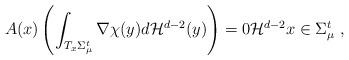
LaTeX: \begin{align*}A(x) \left( \int_{T_x\Sigma_\mu^t} \nabla \chi (y) d\mathcal{H}^{d-2}(y)\right)=0 \mathcal{H}^{d-2} x \in \Sigma_\mu^t \ , \end{align*}